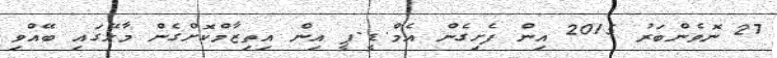
27 ނޮވެންބަރު 2015 އިން ފެށިގެން އެމް.ޑީ.ޕީ އިން އިތިޒާމްކޮށްގެން މާލޭގައި ބޭއްވި